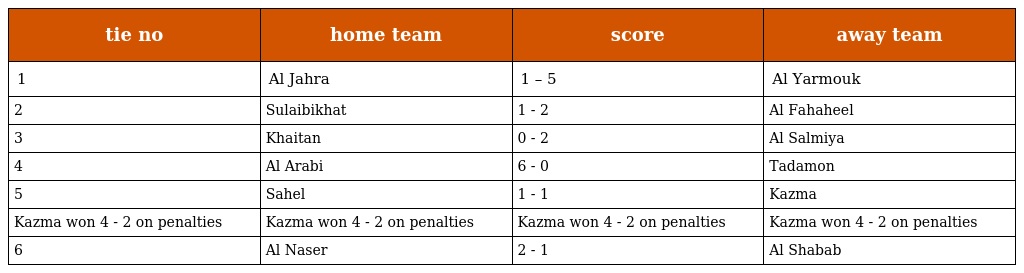
| tie no | home team | score | away team |
 | --- | --- | --- | --- |
 | 1 | Al Jahra | 1 – 5 | Al Yarmouk |
 | 2 | Sulaibikhat | 1 - 2 | Al Fahaheel |
 | 3 | Khaitan | 0 - 2 | Al Salmiya |
 | 4 | Al Arabi | 6 - 0 | Tadamon |
 | 5 | Sahel | 1 - 1 | Kazma |
 | Kazma won 4 - 2 on penalties | Kazma won 4 - 2 on penalties | Kazma won 4 - 2 on penalties | Kazma won 4 - 2 on penalties |
 | 6 | Al Naser | 2 - 1 | Al Shabab |